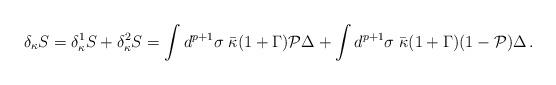
LaTeX: \begin{align*}\delta_{\kappa} S = \delta_{\kappa}^1 S + \delta_{\kappa}^2 S=\int d^{p+1}\sigma \; \bar \kappa (1+\Gamma) {\cal P} \Delta + \int d^{p+1}\sigma \;\bar \kappa (1+\Gamma) (1- {\cal P} )\Delta\, .\end{align*}